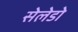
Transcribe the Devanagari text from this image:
सेलेडो